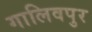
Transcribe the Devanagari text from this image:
गालिवपुर